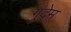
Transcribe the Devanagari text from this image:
गुदेम